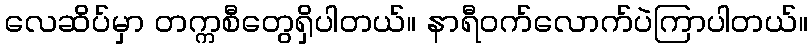
လေဆိပ်မှာ တက္ကစီတွေရှိပါတယ်။ နာရီဝက်လောက်ပဲကြာပါတယ်။